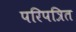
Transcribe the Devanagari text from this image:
परिपत्रित